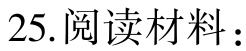
25. 阅读材料：